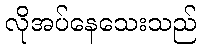
လိုအပ်နေသေးသည်